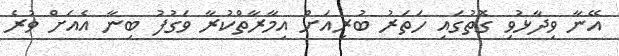
އޭނާ ވިދާޅުވި ގޮތުގައި ހަތަރު ބުރިއަށް އިމާރާތްކުރާ ވަގުފު ބިނާ އެއަށް ވުރެ